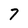
Character: 7